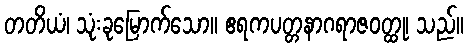
တတိယံ၊ သုံးခုမြောက်သော။ ဧရကပတ္တနာဂရာဇဝတ္ထု၊ သည်။